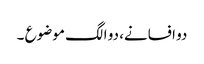
دو افسانے، دو الگ موضوع ۔